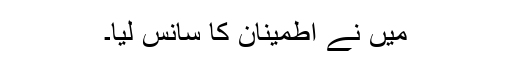
میں نے اطمینان کا سانس لیا۔